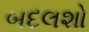
બદલશો